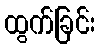
ထွက်ခြင်း